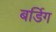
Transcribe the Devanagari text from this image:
बर्डिग